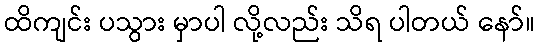
ထိကျင်း ပသွား မှာပါ လို့လည်း သိရ ပါတယ် နော်။